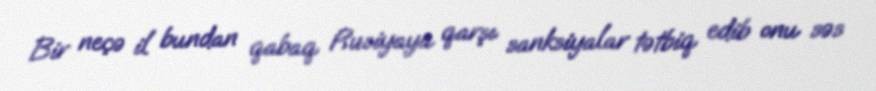
Bir neçə il bundan qabaq Rusiyaya qarşı sanksiyalar tətbiq edib onu səs